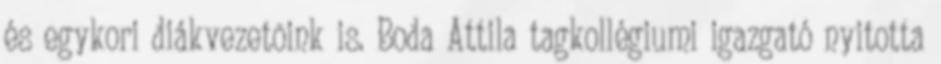
és egykori diákvezetõink is. Boda Attila tagkollégiumi igazgató nyitotta